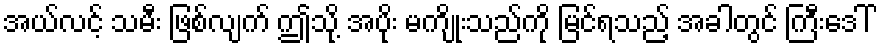
အယ်လင့် သမီး ဖြစ်လျက် ဤသို့ အပိုး မကျိုးသည်ကို မြင်ရသည့် အခါတွင် ကြီးဒေါ်